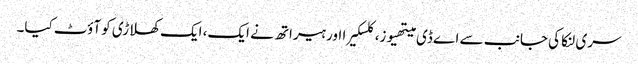
سری لنکا کی جانب سے اے ڈی میتھیوز، کلسکیرا اور ہیراتھ نے ایک، ایک کھلاڑی کو آؤٹ کیا۔